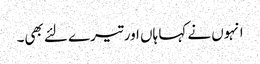
انہوں نے کہا ہاں اور تیرے لئے بھی۔